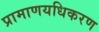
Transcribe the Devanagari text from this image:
प्रामाणयधिकरण